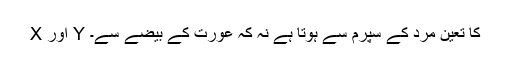
X اور Y کا تعین مرد کے سپرم سے ہوتا ہے نہ کہ عورت کے بیضے سے۔